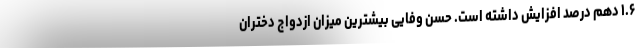
۱.۶ دهم درصد افزایش داشته است. حسن وفایی بیشترین میزان ازدواج دختران